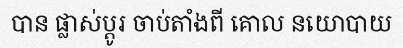
បាន ផ្លាស់ប្តូរ ចាប់តាំងពី គោល នយោបាយ